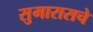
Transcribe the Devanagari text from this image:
सुमारासचे